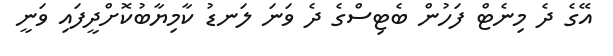
އޭގެ ދެ މިނެޓް ފަހުން ބެޓިސްގެ ދެ ވަނަ ލަނޑު ކާމިޔާބުކޮށްދީފައި ވަނީ